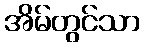
အိမ်တွင်သာ